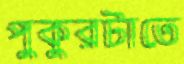
পুকুরটাতে